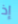
إذ